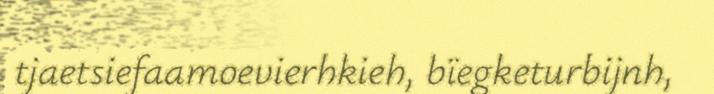
tjaetsiefaamoevierhkieh, bïegketurbijnh,